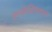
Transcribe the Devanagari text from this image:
अन्योक्तिमाला